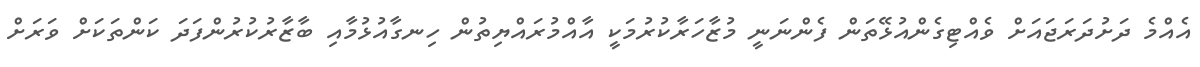
އެއްމެ ދަށުދަރަޖައަށް ވެއްޓިގެންއުޅޭތަން ފެންނަނީ މުޒާހަރާކުރުމަކީ އާއްމުރައްޔިތުން ހިނގާއުޅުމާއި ބާޒާރުކުރުންފަދަ ކަންތަކަށް ވަރަށް